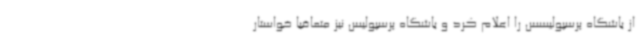
از باشگاه پرسپولیسس را اعلام کرد و باشگاه پرسپولیس نیز متعاقبا خواستار